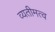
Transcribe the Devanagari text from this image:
व्यतीमत्व